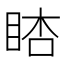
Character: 𥆪